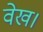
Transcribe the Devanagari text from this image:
वेख।